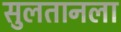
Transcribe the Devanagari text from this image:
सुलतानला